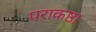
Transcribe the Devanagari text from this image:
पराकष्ठा